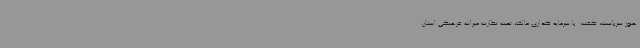
هنوز سرپاست، گفت: با سرمایه گذاری مالک، تحت نظارت میراث فرهنگی استان